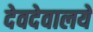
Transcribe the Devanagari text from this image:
देवदेवालये